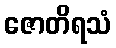
ဇောတိရသံ